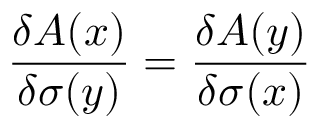
\frac { \delta A ( x ) } { \delta \sigma ( y ) } = \frac { \delta A ( y ) } { \delta \sigma ( x ) }